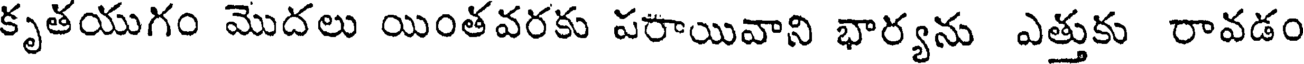
కృతయుగం మొదలు యింతవరకు పరాయివాని భార్యను ఎత్తుకు రావడం